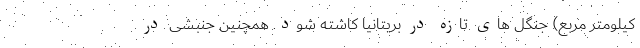
کیلومتر مربع) جنگل های تازه در بریتانیا کاشته شود. همچنین جنبشی در